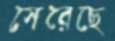
সেরেছে